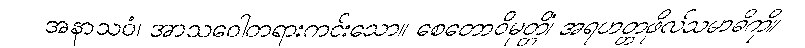
အနာသဝံ၊ အာသဝေါတရားကင်းသော။ စေတောဝိမုတ္တိံ၊ အရဟတ္တဖိုလ်သမာဓိကို။